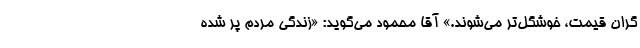
گران قیمت، خوشگل‌تر می‌شوند.» آقا محمود می‌گوید: «زندگی مردم پُر شده